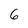
Character: 6